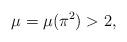
LaTeX: \begin{align*}\mu=\mu(\pi^2)>2, \end{align*}